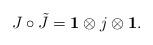
LaTeX: \begin{align*} J \circ \tilde{J} = {\bf 1} \otimes j \otimes {\bf 1}.\end{align*}